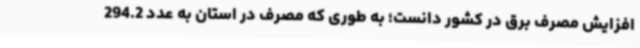
افزایش مصرف برق در کشور دانست؛ به طوری که مصرف در استان به عدد 294.2